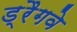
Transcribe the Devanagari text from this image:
ड्रैगवे